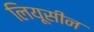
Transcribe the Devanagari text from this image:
लियूसीन